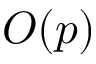
O ( p )